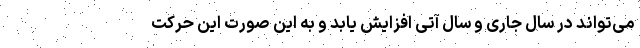
می‌تواند در سال جاری و سال آتی افزایش یابد و به این صورت این حرکت